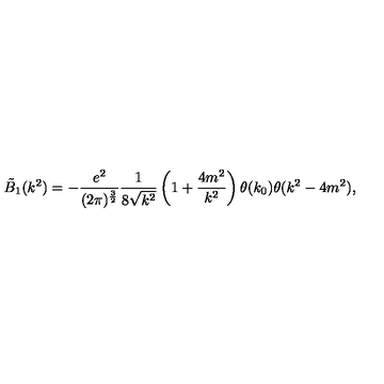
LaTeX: \tilde { B } _ { 1 } ( k ^ { 2 } ) = - \frac { e ^ { 2 } } { ( 2 \pi ) ^ { \frac { 3 } { 2 } } } \frac { 1 } { 8 \sqrt { k ^ { 2 } } } \left( 1 + \frac { 4 m ^ { 2 } } { k ^ { 2 } } \right) \theta ( k _ { 0 } ) \theta ( k ^ { 2 } - 4 m ^ { 2 } ) ,